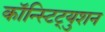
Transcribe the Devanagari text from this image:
कॉन्स्टिट्युशन